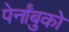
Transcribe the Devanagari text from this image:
पेर्नांबुको